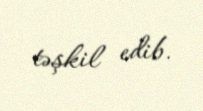
təşkil edib.